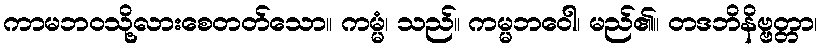
ကာမဘဝသို့လားစေတတ်သော။ ကမ္မံ၊ သည်။ ကမ္မဘဝေါ၊ မည်၏။ တဒဘိနိဗ္ဗတ္တာ၊